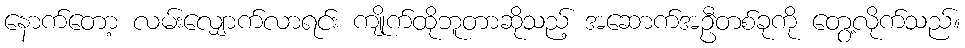
နောက်တော့ လမ်းလျှောက်လာရင်း ကျိုက်ထိုဘူတာဆိုသည့် အဆောက်အဦတစ်ခုကို တွေ့လိုက်သည်။